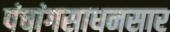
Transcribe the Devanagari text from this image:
पंचांगसाधनसार